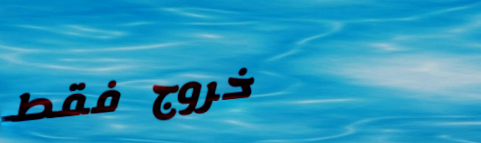
خروج فقط